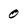
Character: 0